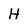
Character: H